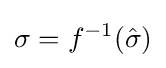
\sigma =f^{-1}({\hat {\sigma }})